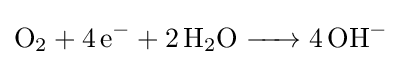
{\ce {O2 + 4e- + 2H2O -> 4 OH-}}